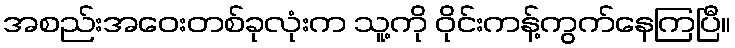
အစည်းအဝေးတစ်ခုလုံးက သူ့ကို ဝိုင်းကန့်ကွက်နေကြပြီ။